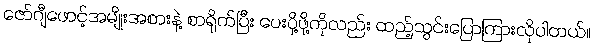
ဇော်ဂျီဖောင့်အမျိုးအစားနဲ့ စာရိုက်ပြီး ပေးပို့ဖို့ကိုလည်း ထည့်သွင်းပြောကြားလိုပါတယ်။